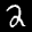
Label: 2